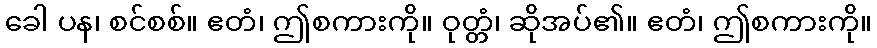
ခေါ ပန၊ စင်စစ်။ ဧတံ၊ ဤစကားကို။ ဝုတ္တံ၊ ဆိုအပ်၏။ ဧတံ၊ ဤစကားကို။